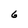
Character: 6